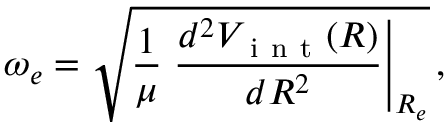
\omega _ { e } = \sqrt { \frac { 1 } { \mu } \left. \frac { d ^ { 2 } V _ { \mathrm { ~ i ~ n ~ t ~ } } ( R ) } { d R ^ { 2 } } \right| _ { R _ { e } } } \, ,